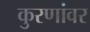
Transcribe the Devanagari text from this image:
कुरणांवर